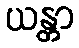
ယန္တာ